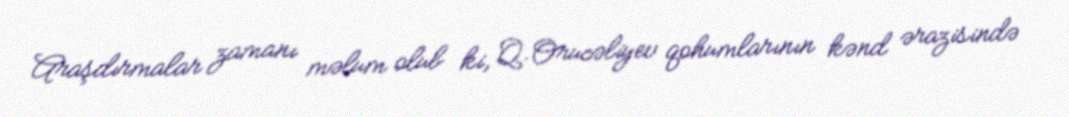
Araşdırmalar zamanı məlum olub ki, Q.Orucəliyev qohumlarının kənd ərazisində